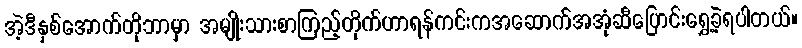
အဲ့ဒီနှစ်အောက်တိုဘာမှာ အမျိုးသားစာကြည့်တိုက်ဟာရန်ကင်းကအဆောက်အအုံဆီပြောင်းရွှေ့ခဲ့ရပါတယ်။